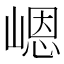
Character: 𪩊